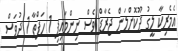
އެމެރިކާ ލީގު ދޫކޮށްލަން ޖެރާޑް ވެސް ނިންމައިފި 1 ހަފްތާ 1 ދުވަސް